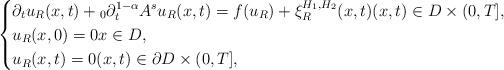
LaTeX: \begin{align*}\left\{\begin{aligned}&\partial_{t}u_{R}(x,t)+{}_{0}\partial_{t}^{1-\alpha}A^{s} u_{R}(x,t)=f(u_{R})+\xi^{H_{1},H_{2}}_{R}(x,t)(x,t)\in{D}\times (0,T],\\&u_{R}(x,0)=0x\in{D},\\&u_{R}(x,t)=0(x,t)\in\partial{D}\times (0,T],\end{aligned}\right.\end{align*}